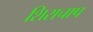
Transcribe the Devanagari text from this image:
शिराचाप